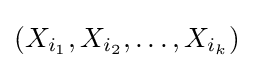
(X_{i_{1}},X_{i_{2}},\dots ,X_{i_{k}})